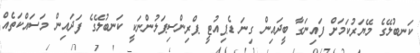
ކަނބުލޭގެ މޭޔަރުކަމަށް ފައިނަގާ ބީދައިން ގިނަ ޑެޕިއުޓީ ޕްރިންސިޕަލުންނަކީ ކަނބުލޭގެ ފަދައިން މަސައްކަތެއް